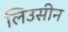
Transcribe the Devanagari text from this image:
लिउसीन